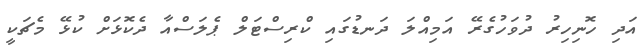
އަދި ހޮނިހިރު ދުވަހުގެރޭ އަމިއްލަ ދަނޑުގައި ކްރިސްޓަލް ޕެލަސްއާ ދެކޮޅަށް ކުޅޭ މެޗަކީ